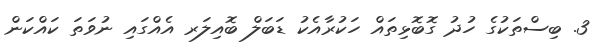
3. ބިސްތަކުގެ ހުދު ގޮބޮޅިތައް ހަކުރާއެކު ޑަބަލް ބޮއިލަރ އެއްގައި ނުވަތަ ކައްކަން